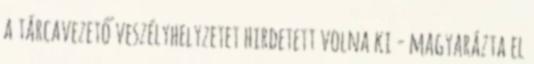
a tárcavezető veszélyhelyzetet hirdetett volna ki - magyarázta el